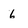
Character: 6